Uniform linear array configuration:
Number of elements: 8
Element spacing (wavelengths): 0.75
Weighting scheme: exponential
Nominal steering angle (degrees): -60
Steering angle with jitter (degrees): -61.607
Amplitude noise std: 0.05
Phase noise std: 0.05

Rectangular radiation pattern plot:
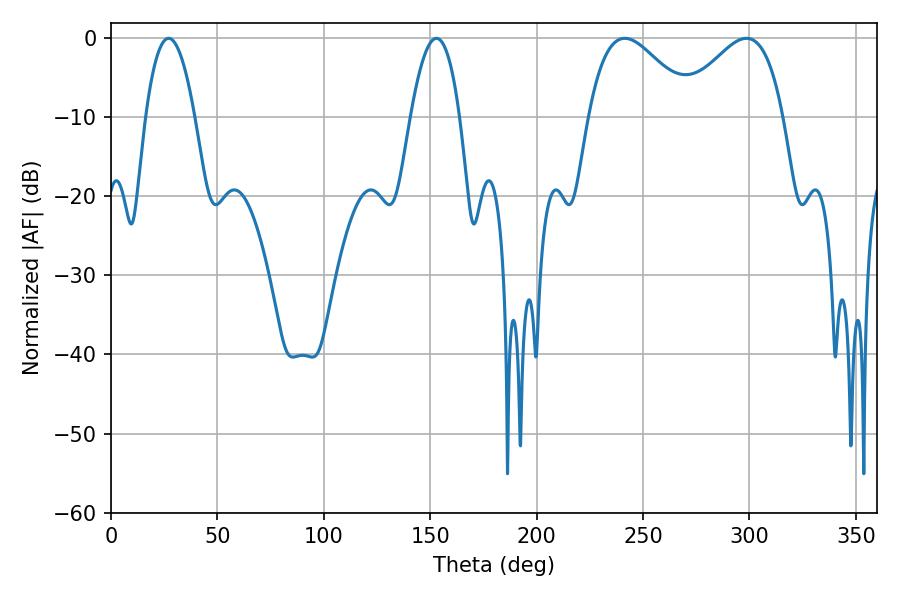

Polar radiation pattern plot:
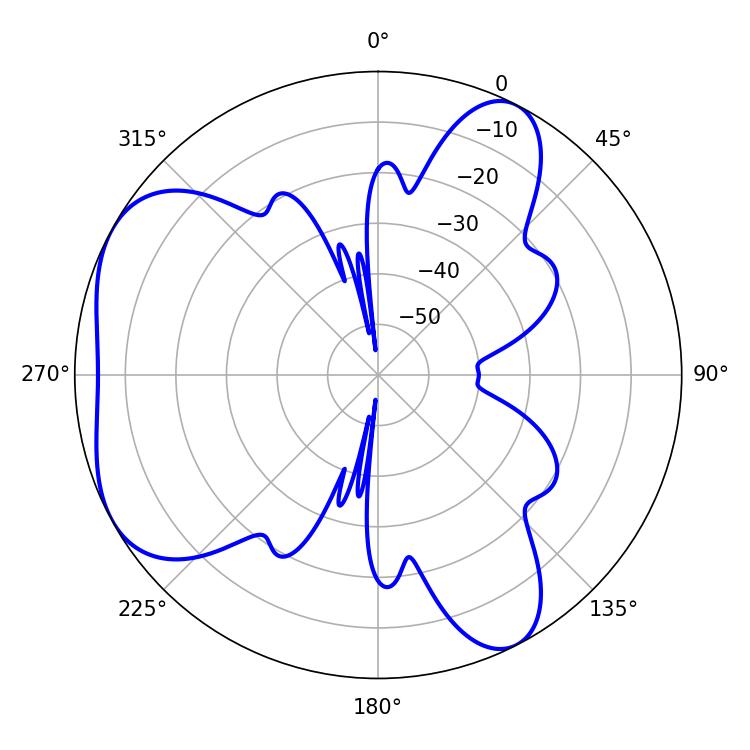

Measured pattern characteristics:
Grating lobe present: TRUE
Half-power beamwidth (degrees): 26.64
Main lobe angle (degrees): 241.38